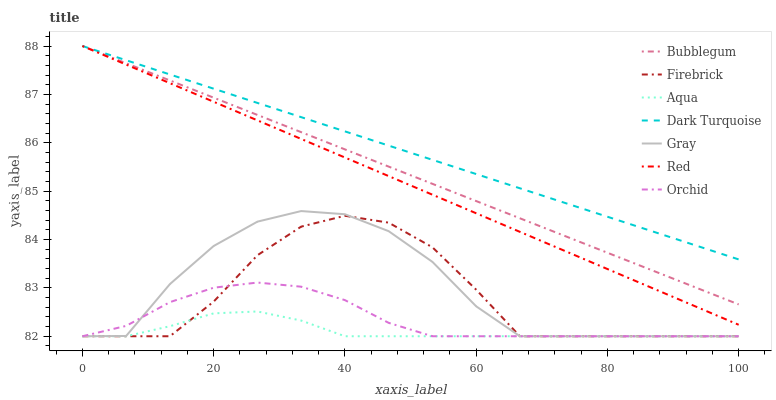
| xaxis_label | Bubblegum | Firebrick | Aqua | Dark Turquoise | Gray | Red | Orchid |
 | --- | --- | --- | --- | --- | --- | --- | --- |
 | 0 | 88 | 82 | 82 | 88 | 82 | 88 | 82 |
 | 6.67 | 87.6 | 82 | 82 | 87.7 | 82 | 87.6 | 82.2 |
 | 13.3 | 87.3 | 82 | 82.2 | 87.4 | 83.1 | 87.2 | 82.7 |
 | 20 | 86.9 | 82.7 | 82.5 | 87.1 | 83.9 | 86.8 | 83 |
 | 26.7 | 86.6 | 83.7 | 82.5 | 86.8 | 84.4 | 86.5 | 83.1 |
 | 33.3 | 86.2 | 84.3 | 82.3 | 86.5 | 84.6 | 86.1 | 83 |
 | 40 | 85.9 | 84.5 | 82 | 86.2 | 84.5 | 85.7 | 82.7 |
 | 46.7 | 85.5 | 84.3 | 82 | 85.9 | 84.2 | 85.3 | 82.3 |
 | 53.3 | 85.2 | 83.8 | 82 | 85.6 | 83.5 | 84.9 | 82 |
 | 60 | 84.8 | 83 | 82 | 85.4 | 82.6 | 84.5 | 82 |
 | 66.7 | 84.4 | 82 | 82 | 85.1 | 82 | 84.2 | 82 |
 | 73.3 | 84.1 | 82 | 82 | 84.8 | 82 | 83.8 | 82 |
 | 80 | 83.7 | 82 | 82 | 84.5 | 82 | 83.4 | 82 |
 | 86.7 | 83.4 | 82 | 82 | 84.2 | 82 | 83 | 82 |
 | 93.3 | 83 | 82 | 82 | 83.9 | 82 | 82.6 | 82 |
 | 100 | 82.7 | 82 | 82 | 83.6 | 82 | 82.2 | 82 |